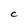
Character: C